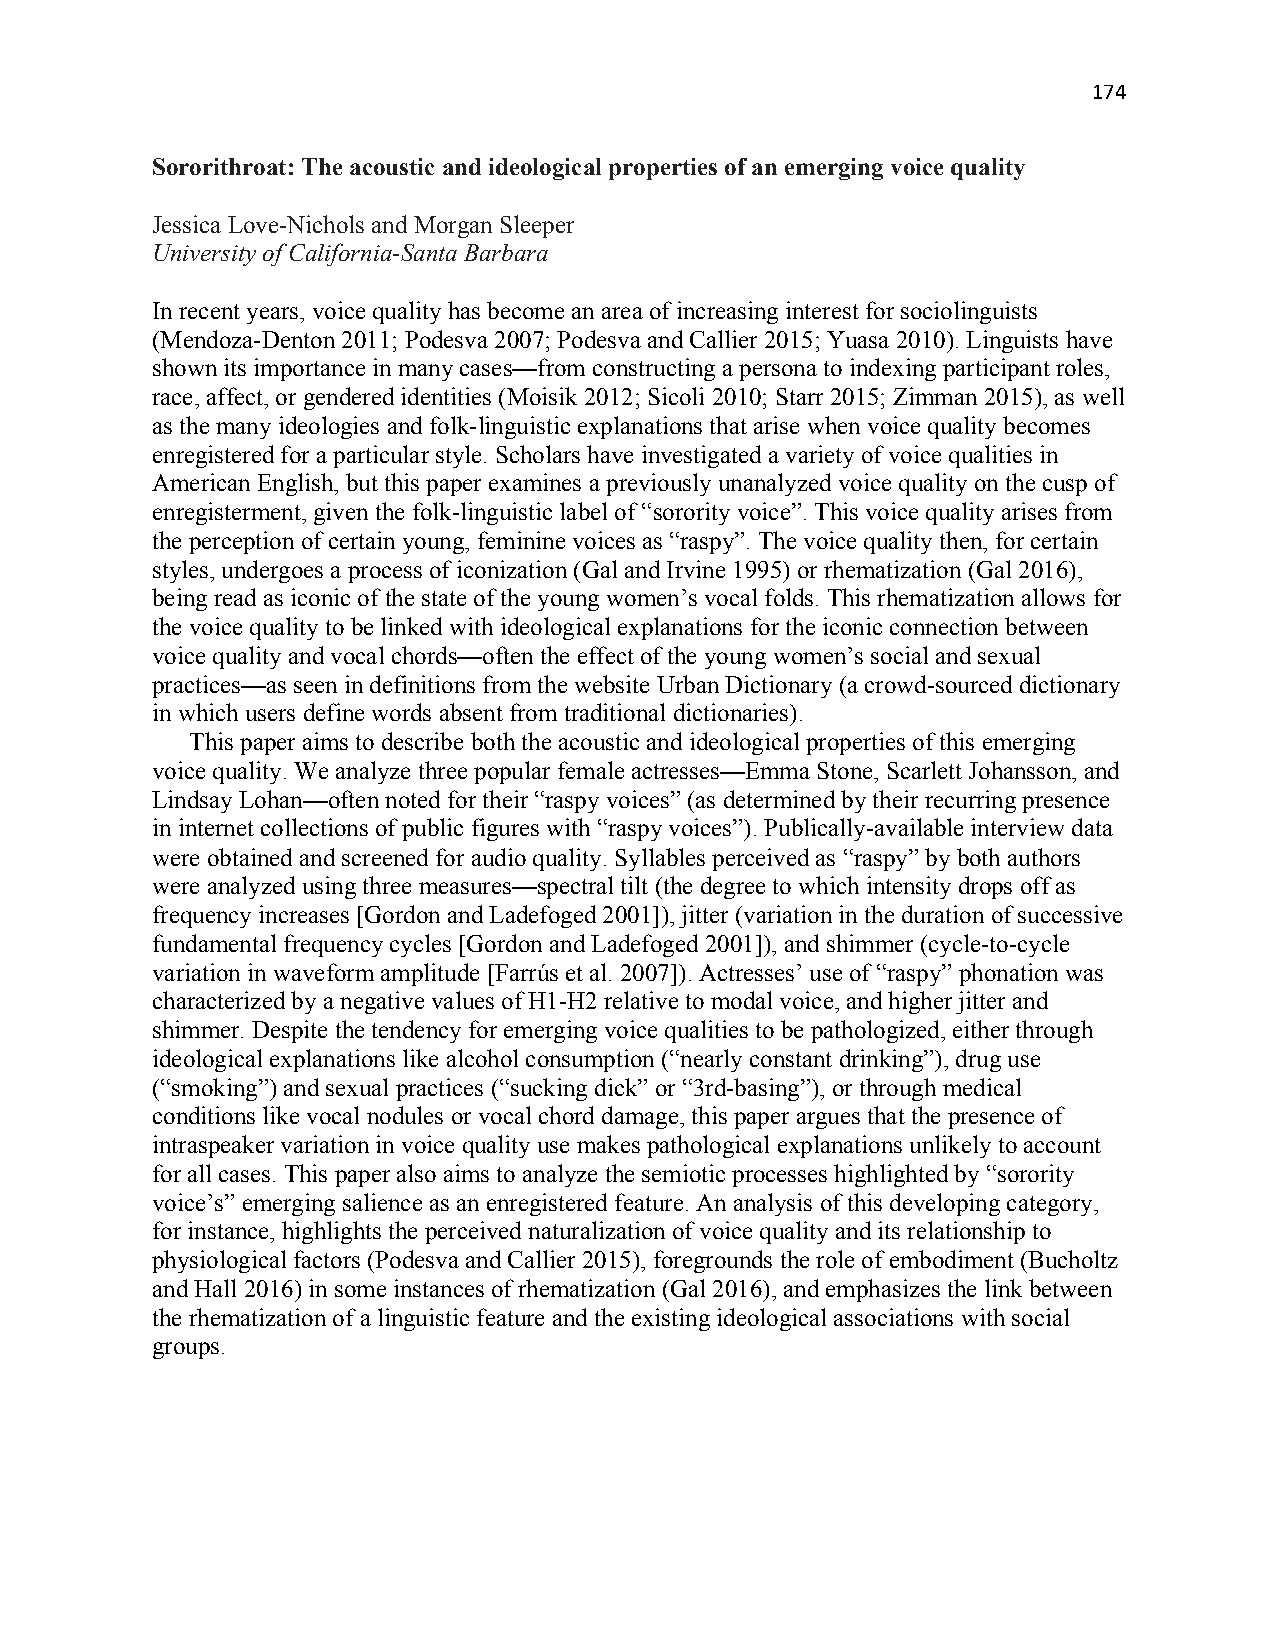
174
 Sororithroat: The acoustic and ideological properties of an emerging voice quality
 Jessica Love-Nichols and Morgan Sleeper
 University of California-Santa Barbara
 In recent years, voice quality has become an area of increasing interest for sociolinguists
 (Mendoza-Denton 2011; Podesva 2007; Podesva and Callier 2015; Yuasa 2010). Linguists have
 shown its importance in many cases—from constructing a persona to indexing participant roles,
 race, affect, or gendered identities (Moisik 2012; Sicoli 2010; Starr 2015; Zimman 2015), as well
 as the many ideologies and folk-linguistic explanations that arise when voice quality becomes
 enregistered for a particular style. Scholars have investigated a variety of voice qualities in
 American English, but this paper examines a previously unanalyzed voice quality on the cusp of
 enregisterment, given the folk-linguistic label of “sorority voice”. This voice quality arises from
 the perception of certain young, feminine voices as “raspy”. The voice quality then, for certain
 styles, undergoes a process of iconization (Gal and Irvine 1995) or rhematization (Gal 2016),
 being read as iconic of the state of the young women’s vocal folds. This rhematization allows for
 the voice quality to be linked with ideological explanations for the iconic connection between
 voice quality and vocal chords—often the effect of the young women’s social and sexual
 practices—as seen in definitions from the website Urban Dictionary (a crowd-sourced dictionary
 in which users define words absent from traditional dictionaries).
 This paper aims to describe both the acoustic and ideological properties of this emerging
 voice quality. We analyze three popular female actresses—Emma Stone, Scarlett Johansson, and
 Lindsay Lohan—often noted for their “raspy voices” (as determined by their recurring presence
 in internet collections of public figures with “raspy voices”). Publically-available interview data
 were obtained and screened for audio quality. Syllables perceived as “raspy” by both authors
 were analyzed using three measures—spectral tilt (the degree to which intensity drops off as
 frequency increases [Gordon and Ladefoged 2001]), jitter (variation in the duration of successive
 fundamental frequency cycles [Gordon and Ladefoged 2001]), and shimmer (cycle-to-cycle
 variation in waveform amplitude [Farrús et al. 2007]). Actresses’ use of “raspy” phonation was
 characterized by a negative values of H1-H2 relative to modal voice, and higher jitter and
 shimmer. Despite the tendency for emerging voice qualities to be pathologized, either through
 ideological explanations like alcohol consumption (“nearly constant drinking”), drug use
 (“smoking”) and sexual practices (“sucking dick” or “3rd-basing”), or through medical
 conditions like vocal nodules or vocal chord damage, this paper argues that the presence of
 intraspeaker variation in voice quality use makes pathological explanations unlikely to account
 for all cases. This paper also aims to analyze the semiotic processes highlighted by “sorority
 voice’s” emerging salience as an enregistered feature. An analysis of this developing category,
 for instance, highlights the perceived naturalization of voice quality and its relationship to
 physiological factors (Podesva and Callier 2015), foregrounds the role of embodiment (Bucholtz
 and Hall 2016) in some instances of rhematization (Gal 2016), and emphasizes the link between
 the rhematization of a linguistic feature and the existing ideological associations with social
 groups.